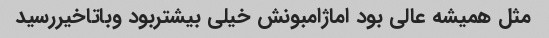
مثل همیشه عالی بود اماژامبونش خیلی بیشتربود وباتاخیررسید